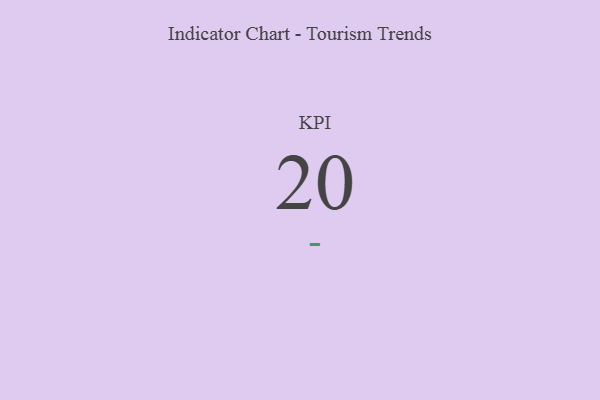
{"axis": {"x": "KPI", "y": "Value"}, "legend": [""], "data": [{"x": "KPI", "y": 20, "type": ""}]}